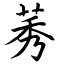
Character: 莠